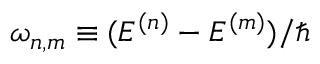
\omega _ { n , m } \equiv ( E ^ { ( n ) } - E ^ { ( m ) } ) / \hbar